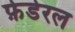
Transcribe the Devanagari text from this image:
फ़ेडेरल